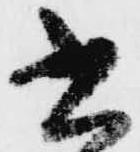
書